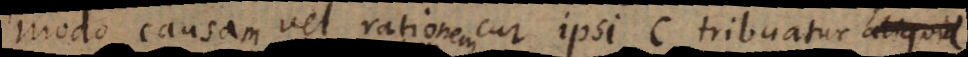
modo causam vel rationem cur ipsi C tribuatur